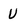
Character: V